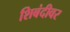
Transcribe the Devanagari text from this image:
शिबंदीवर